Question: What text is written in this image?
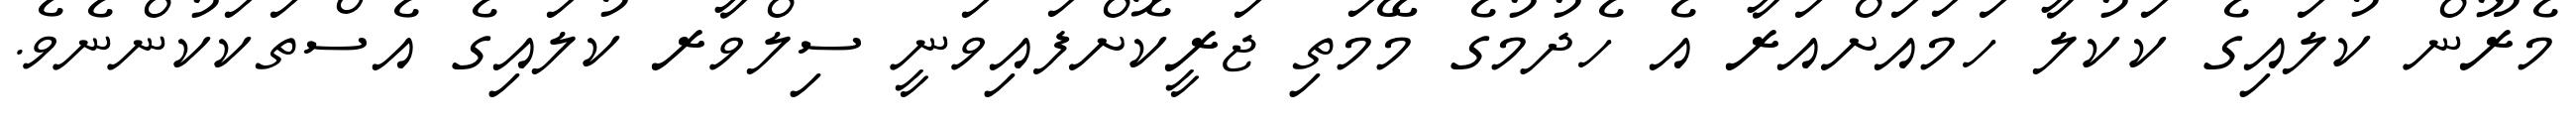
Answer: މެރޫން ކުލައިގެ ކަކުލާ ހަމައަށްއަރާ އެ ހެދުމުގެ މޭމަތި ޖަރީކޮށްފައިވަނީ ސިލްވާރ ކުލައިގެ އެސްތަކަކުންނެވެ.